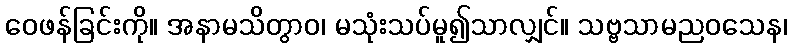
ဝေဖန်ခြင်းကို။ အနာမသိတွာဝ၊ မသုံးသပ်မူ၍သာလျှင်။ သဗ္ဗသာမညဝသေန၊